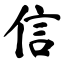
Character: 信